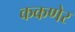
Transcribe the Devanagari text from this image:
ककणेर